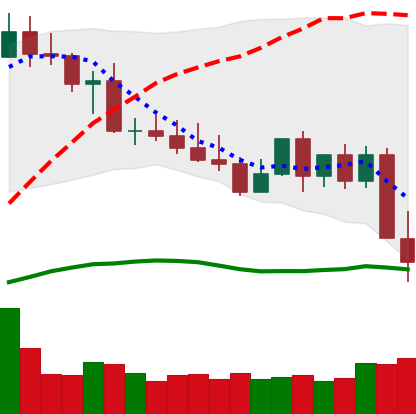
Ticker: XMR-USD
Chart end date: 2022-05-10
Forward return: 5.353%
Label: up_5_7